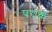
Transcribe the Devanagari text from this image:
पराकं